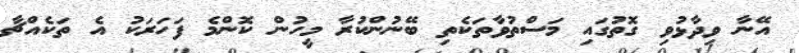
އޭނާ ވިދާޅުވި ގޮތުގައި މަސްތުވާތަކެތި ބޭނުންކުރާ މީހުން ކޮންމެ ފަހަރަކު އެ ތަކެއްޗާ